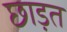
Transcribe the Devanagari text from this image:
छाड़त